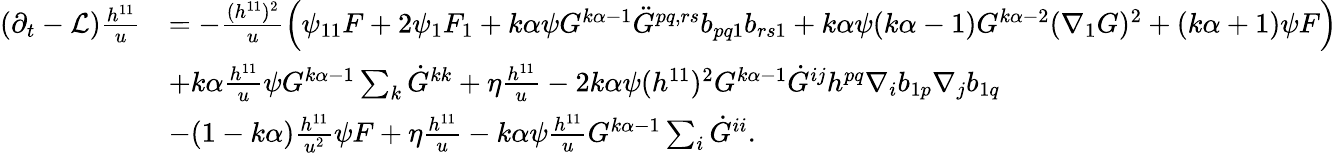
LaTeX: \begin{array}{rl}{(\partial_{t}-\mathcal{L})\frac{h^{11}}{u}}&{=-\frac{(h^{11})^{2}}{u}\left(\psi_{11}F+2\psi_{1}F_{1}+k\alpha\psi G^{k\alpha-1}\ddot{G}^{pq,rs}b_{pq1}b_{rs1}+k\alpha\psi(k\alpha-1)G^{k\alpha-2}(\nabla_{1}G)^{2}+(k\alpha+1)\psi F\right)}\\ &{+k\alpha\frac{h^{11}}{u}\psi G^{k\alpha-1}\sum_{k}\dot{G}^{kk}+\eta\frac{h^{11}}{u}-2k\alpha\psi(h^{11})^{2}G^{k\alpha-1}\dot{G}^{ij}h^{pq}\nabla_{i}b_{1p}\nabla_{j}b_{1q}}\\ &{-(1-k\alpha)\frac{h^{11}}{u^{2}}\psi F+\eta\frac{h^{11}}{u}-k\alpha\psi\frac{h^{11}}{u}G^{k\alpha-1}\sum_{i}\dot{G}^{ii}.}\end{array}